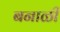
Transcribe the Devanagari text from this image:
बनाळी